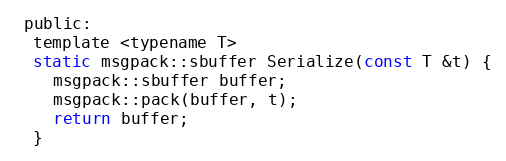
Language: C
 public:
  template <typename T>
  static msgpack::sbuffer Serialize(const T &t) {
    msgpack::sbuffer buffer;
    msgpack::pack(buffer, t);
    return buffer;
  }